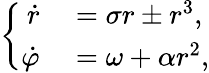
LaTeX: \left\{ \begin{array}{rl}{\dot{r}}&{{}=\sigma r\pm r^{3},}\\ {\dot{\varphi}}&{{}=\omega+\alpha r^{2},}\end{array}\right.